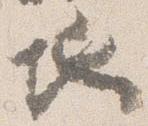
地